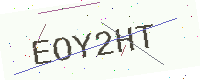
Text: EOY2HT